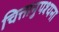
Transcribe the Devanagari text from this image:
चित्तानुपश्यना